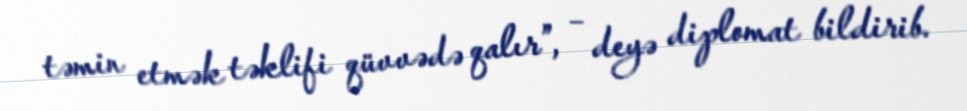
təmin etmək təklifi qüvvədə qalır”, – deyə diplomat bildirib.